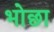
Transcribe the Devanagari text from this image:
भोछा